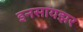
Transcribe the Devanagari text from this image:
इनसायझर